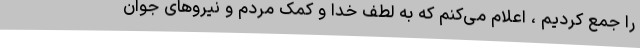
را جمع کردیم ، اعلام می‌کنم که به لطف خدا و کمک مردم و نیروهای جوان